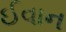
ઈવાન